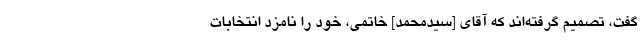
گفت، تصمیم گرفته‌اند که آقای [سیدمحمد] خاتمی، خود را نامزد انتخابات